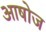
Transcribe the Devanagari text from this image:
आषोज